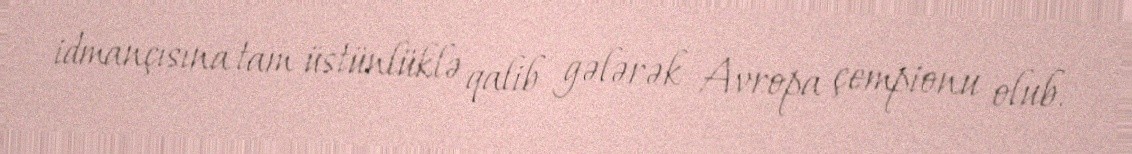
idmançısına tam üstünlüklə qalib gələrək Avropa çempionu olub.